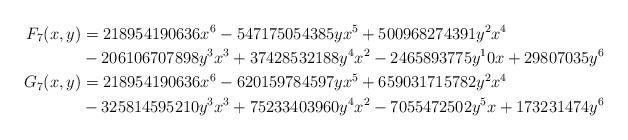
LaTeX: \begin{align*} F_7(x,y) &= 218954190636 x^6 - 547175054385 yx^5 + 500968274391 y^2x^4 \\ &- 206106707898 y^3x^3 + 37428532188 y^4x^2 - 2465893775 y^10x + 29807035y^6 \\G_7(x,y) &= 218954190636 x^6 - 620159784597 yx^5 + 659031715782 y^2x^4 \\ &- 325814595210 y^3x^3 + 75233403960 y^4x^2 - 7055472502 y^5x + 173231474y^6\end{align*}